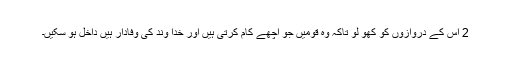
2 اس کے دروازوں کو کھو لو تاکہ وہ قومیں جو اچھے کام کرتی ہیں اور خدا وند کی وفادار ہیں داخل ہو سکیں۔